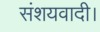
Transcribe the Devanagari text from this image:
संशयवादी।